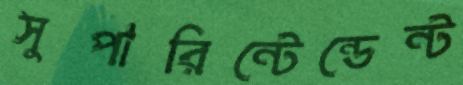
সুপারিন্টেন্ডেন্ট